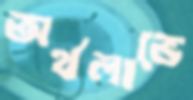
অর্থলাভে